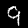
Label: 9